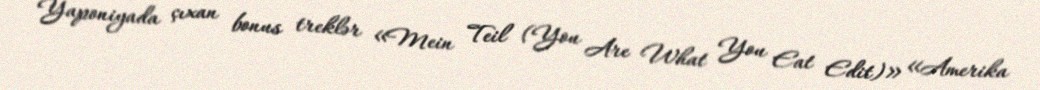
Yaponiyada çıxan bonus treklər «Mein Teil (You Are What You Eat Edit)» «Amerika